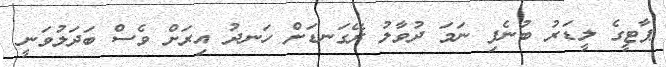
ޕާޓީގެ ލީޑަރު ބުނެފި ނަމަ ދުވާލު ރޭގަނޑަށް ހަނދު އިރަށް ވެސް ބަދަލުވަނީ